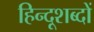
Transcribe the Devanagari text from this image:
हिन्दूशब्दों